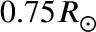
0 . 7 5 R _ { \odot }